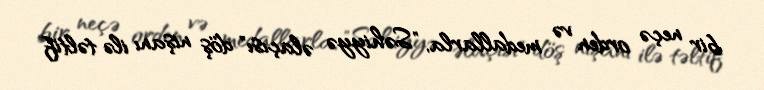
bir neçə orden və medallarla, "Səhiyyə əlaçısı" döş nişanı ilə təltif